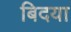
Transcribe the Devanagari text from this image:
बिदया